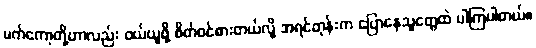
မက်ကော့တို့ဟာလည်း ဝယ်ယူဖို့ စိတ်ဝင်စားတယ်လို့ အရင်တုန်းက ပြောနေသူတွေထဲ ပါကြပါတယ်။